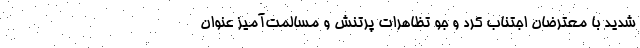
شدید با معترضان اجتناب کرد و جو تظاهرات پرتنش و مسالمت‌آمیز عنوان